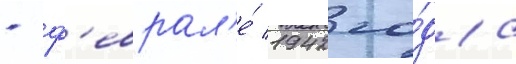
- ф'еврал'е́ 1942 го́да